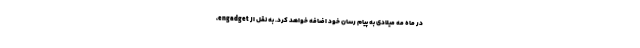
در ماه مه میلادی به پیام رسان خود اضافه خواهد کرد. به نقل از engadget،